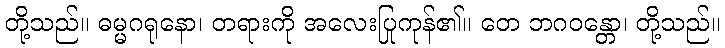
တို့သည်။ ဓမ္မဂရုနော၊ တရားကို အလေးပြုကုန်၏။ တေ ဘဂဝန္တော၊ တို့သည်။